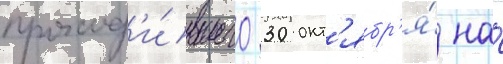
проход'и́вшего 30 окт'ябр'я́ на́